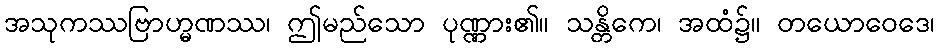
အသုကဿဗြာဟ္မဏဿ၊ ဤမည်သော ပုဏ္ဏား၏။ သန္တိကေ၊ အထံ၌။ တယောဝေဒေ၊